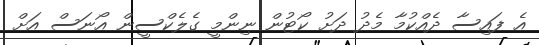
އެ ފައިސާ ދެއްކުމާ މެދު ދަށު ކޯޓުން ނިންމީ ގެލެކްސީން އޯނަސް އަށް